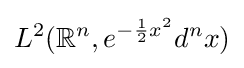
L^{2}(\mathbb {R} ^{n},e^{-{\frac {1}{2}}x^{2}}d^{n}x)